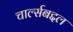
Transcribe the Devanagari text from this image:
चार्ल्सबद्दल